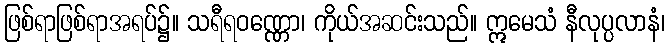
ဖြစ်ရာဖြစ်ရာအရပ်၌။ သရီရဝဏ္ဏော၊ ကိုယ်အဆင်းသည်။ ဣမေသံ နီလုပ္ပလာနံ၊